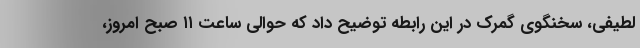
لطیفی، سخنگوی گمرک در این رابطه توضیح داد که حوالی ساعت ۱۱ صبح امروز،